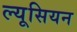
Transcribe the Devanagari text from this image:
ल्यूसियन